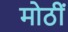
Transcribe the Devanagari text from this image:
मोठीं